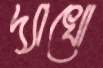
দ্যাখো